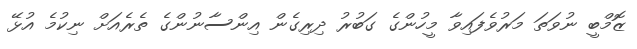
ޒޮމްބީ ނުވަތަ މަރުވެފައިވާ މީހުންގެ ގަބުރު ދިރިގެން އިންސާނުންގެ ތެރެއަށް ނިކުމެ އުޅޭ